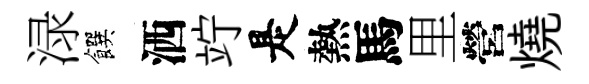
渌饌洒竚是熱馬里營燒